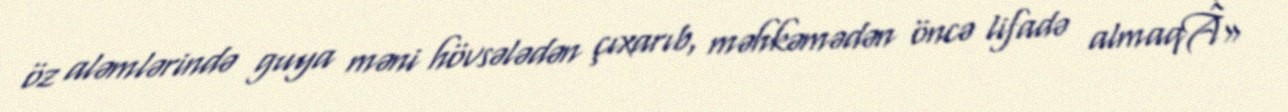
öz aləmlərində guya məni hövsələdən çıxarıb, məhkəmədən öncə lifadə almaqÂ»